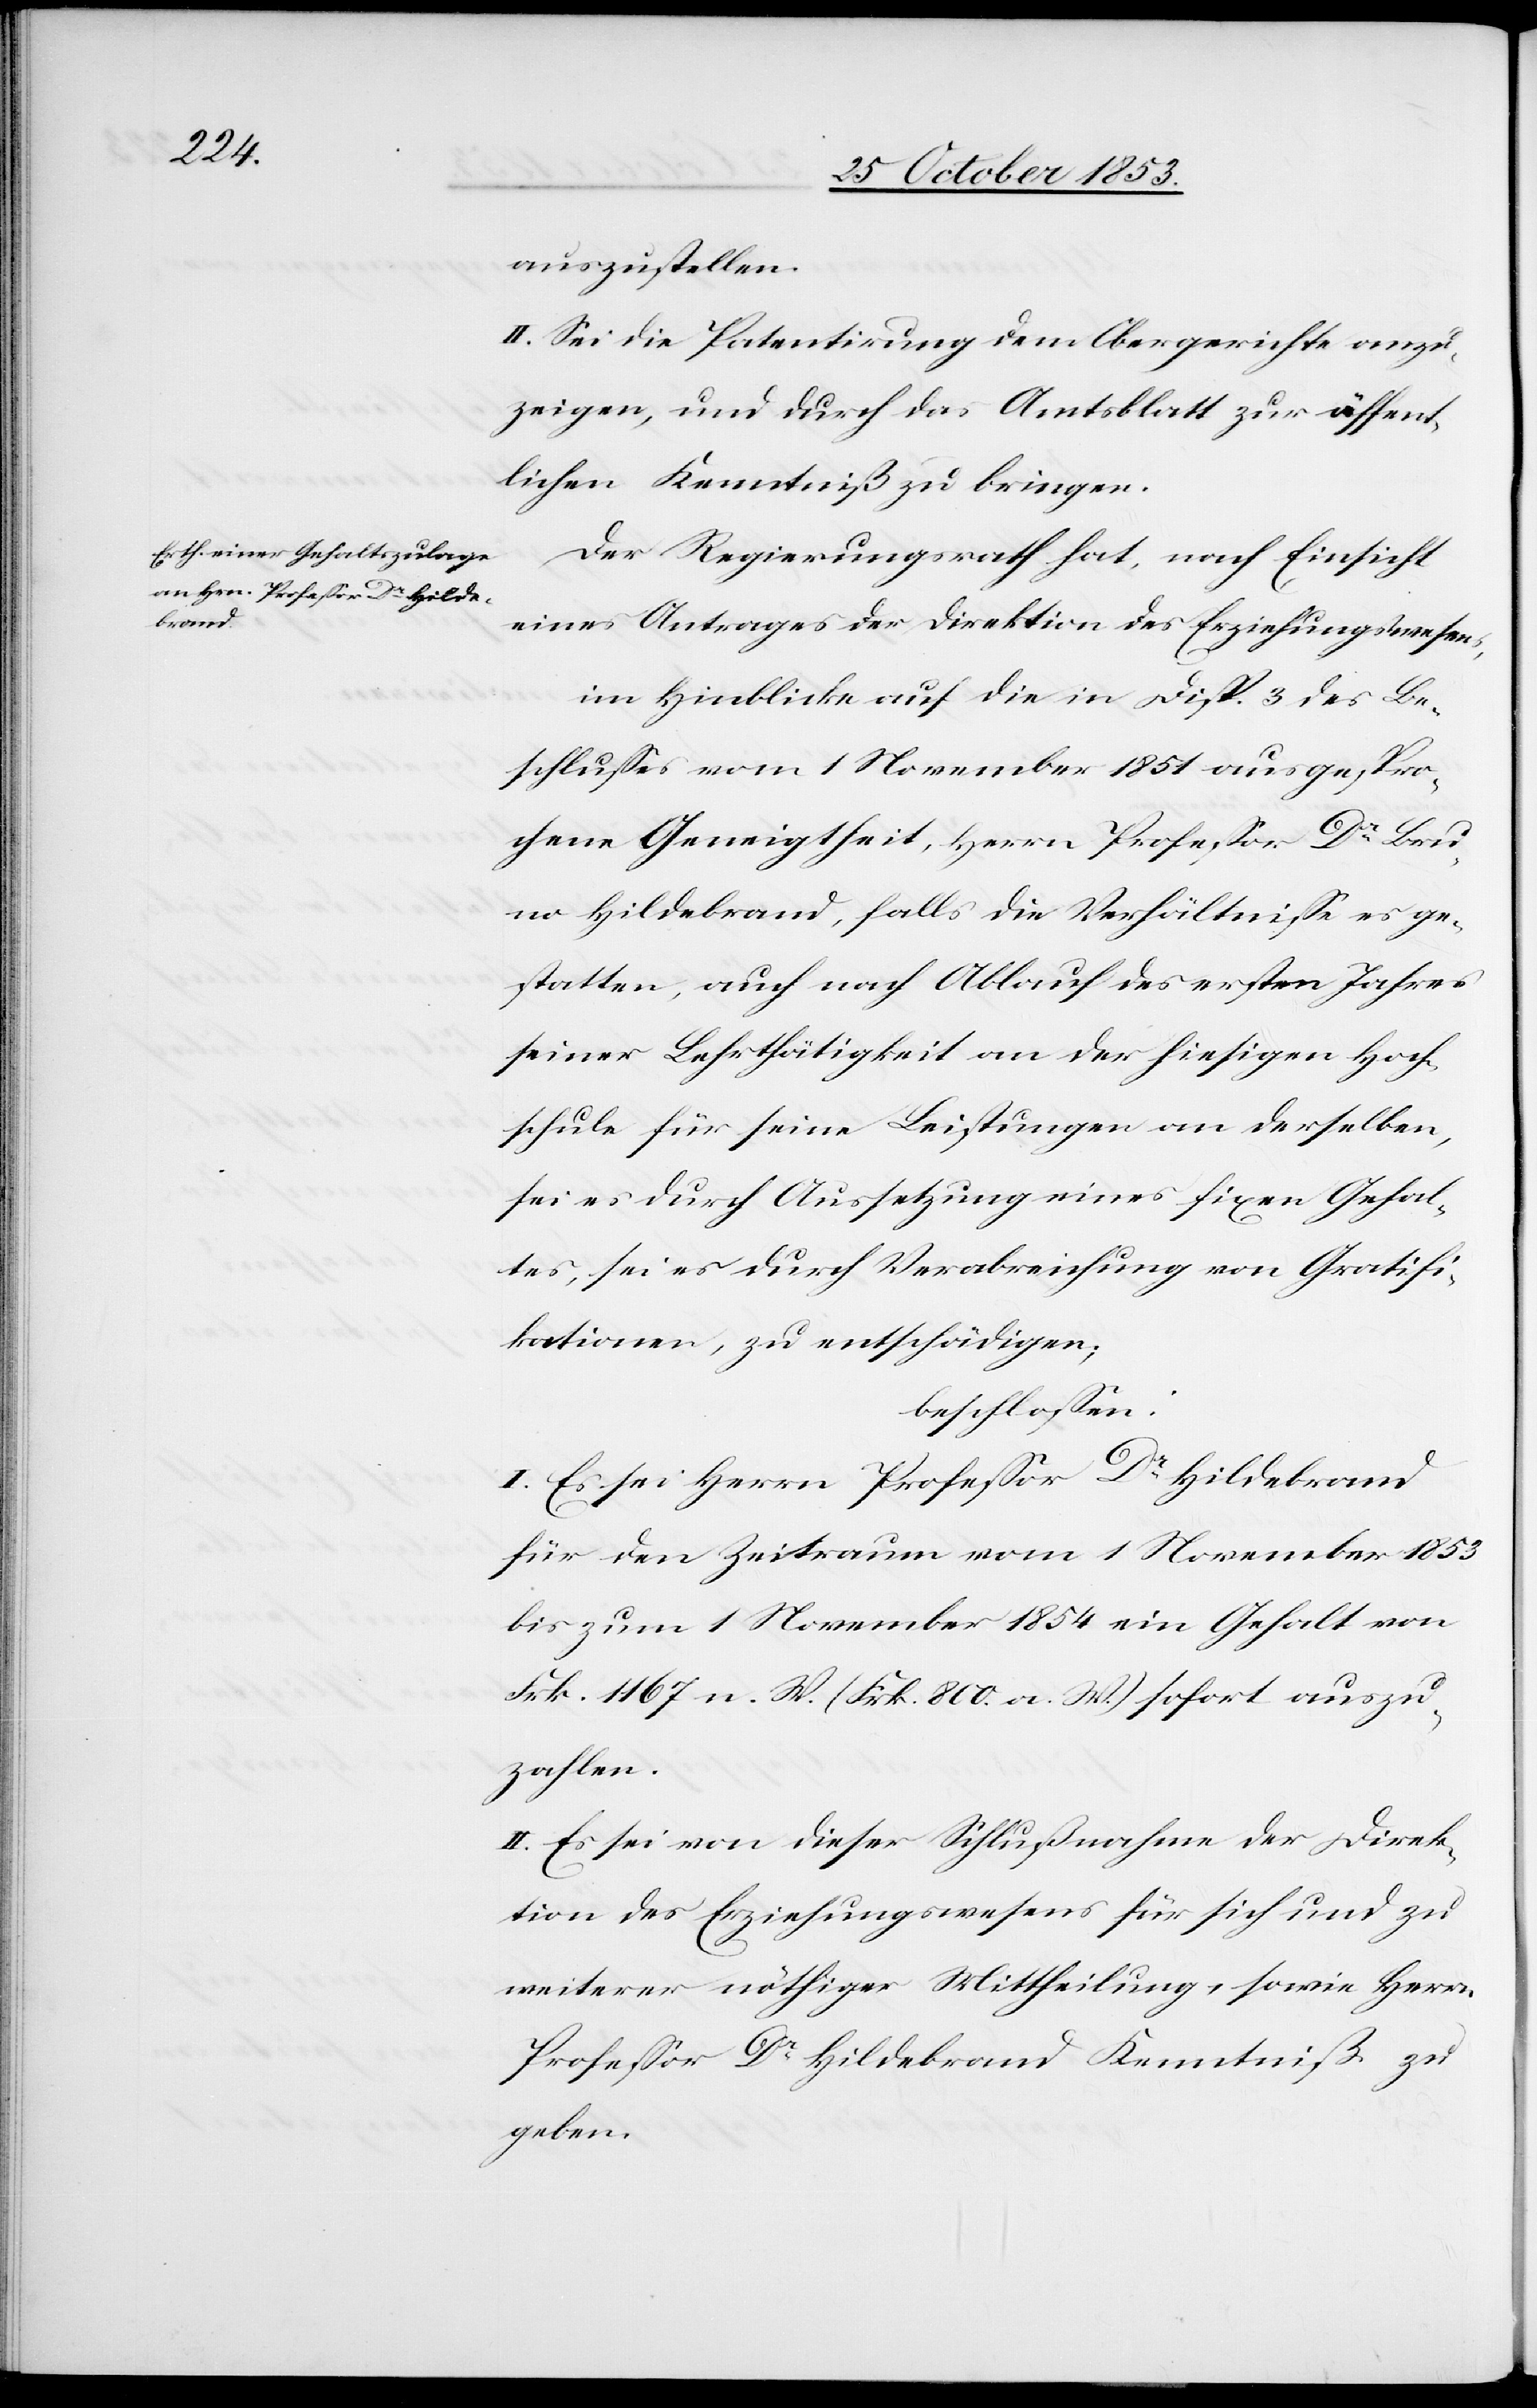
auszustellen.
II. Sei die Patentirung dem Obergerichte anzu¬
zeigen, und durch das Amtsblatt zur öffent¬
lichen Kenntniß zu bringen.
Der Regierungsrath hat, nach Einsicht
eines Antrages der Direktion des Erziehungswesens,
im Hinblicke auf die in Disp. 3 des Be¬
schlußes vom 1 November 1851 ausgespro¬
chene Geneigtheit, Herrn Profeßor Dr Bru¬
no Hildebrand, falls die Verhältniße es ge¬
statten, auch nach Ablauf des ersten Jahres
seiner Lehrthätigkeit an der hiesigen Hoch¬
schule für seine Leistungen an derselben,
sei es durch Aussetzung eines fixen Gehal¬
tes, sei es durch Verabreichung von Gratifi¬
kationen, zu entschädigen;
beschloßen:
I. Es sei Herrn Profeßor Dr Hildebrand
für den Zeitraum vom 1 November 1853
bis zum 1 November 1854 ein Gehalt von
Frk. 1167 n. W. (Frk. 800 a. W.) sofort auszub¬
ezahlen.
II. Es sei von dieser Schlußnahme der Direk¬
tion des Erziehungswesens für sich und zu
weiterer nöthiger Mittheilung, sowie Herrn
Profeßor Dr Hildebrand Kenntniß zu
geben.